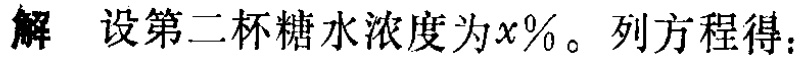
解 设第二杯糖水浓度为\(x\%\)。列方程得：